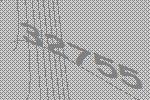
32755